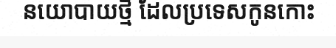
នយោបាយថ្មី ដែលប្រទេសកូនកោះ